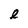
Character: l